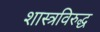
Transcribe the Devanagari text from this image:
शास्त्रविरुद्ध